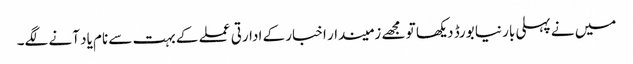
میں نے پہلی بار نیا بورڈ دیکھا تو مجھے زمیندار اخبار کے ادارتی عملے کے بہت سے نام یاد آنے لگے۔